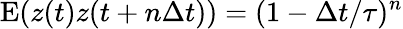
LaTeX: \mathrm{E}(z(t)z(t+n\Delta t))=(1-\Delta t/\tau)^{n}